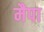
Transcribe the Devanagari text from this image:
मैपा